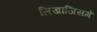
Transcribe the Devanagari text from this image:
लिखाजिसमें